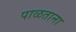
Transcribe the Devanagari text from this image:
पाळताना